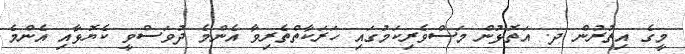
މީގެ އިތުރުން ދ. އަތޮޅުން މަސްވެރިކަމުގައި ހަރަކާތްތެރިވާ އެންމެ ދުވަސްވީ ކެޔޮޅާއި އެންމެ